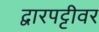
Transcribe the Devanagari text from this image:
द्वारपट्टीवर